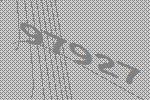
97927